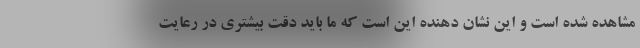
مشاهده شده است و این نشان دهنده این است که ما باید دقت بیشتری در رعایت